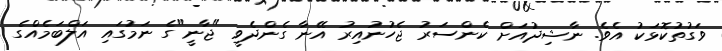
ވަގުތުކޮޅަކު އެވެ. ނާޝިދުއަށް ކެންސަރު ޖެހުނުއިރު އޭނާ ގެންދެވީ "ޖާނީ"ގެ ނަމުގައި އަލްބަމެއްގެ